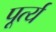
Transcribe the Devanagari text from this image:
पूर्त्य